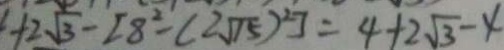
+ 2 \sqrt { 3 } - [ 8 ^ { 2 } - ( 2 \sqrt { 1 5 } ) ^ { 2 } ] = 4 + 2 \sqrt { 3 } - 4